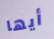
أيها